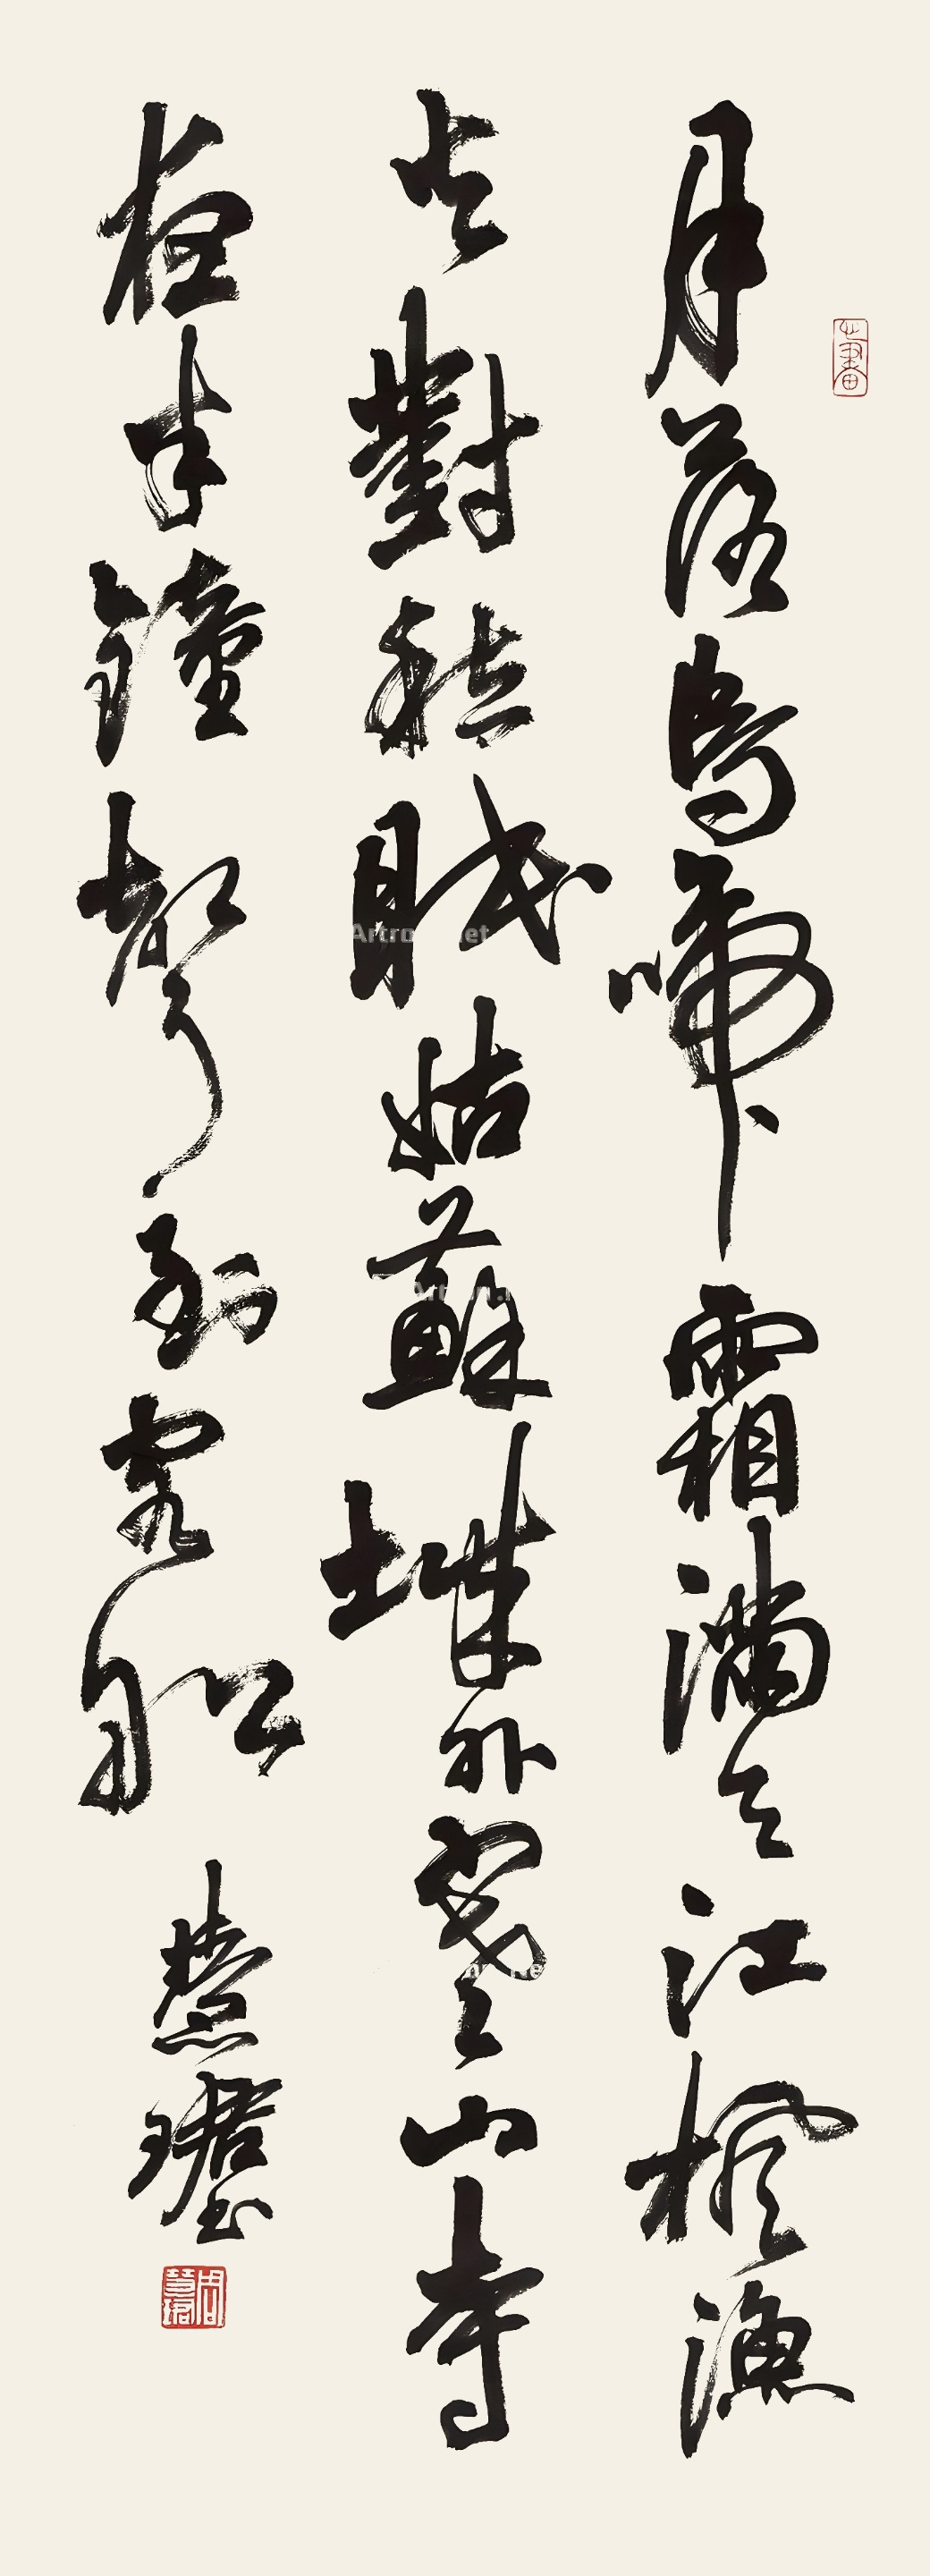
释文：月落乌啼霜满天江枫渔火对愁眠姑苏城外寒山寺夜半钟声到客船。慧珺。